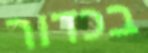
בכדור